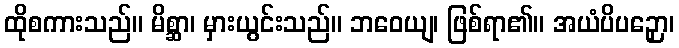
ထိုစကားသည်။ မိစ္ဆာ၊ မှားယွင်းသည်။ ဘဝေယျ၊ ဖြစ်ရာ၏။ အယံပိပဉှော၊